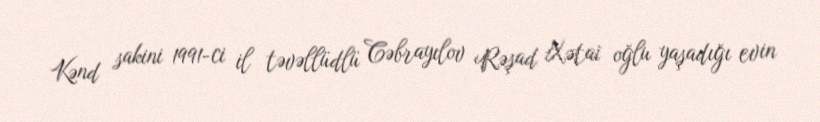
Kənd sakini 1991-ci il təvəllüdlü Cəbrayılov Rəşad Xətai oğlu yaşadığı evin